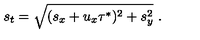
s _ { t } = \sqrt { ( s _ { x } + u _ { x } \tau ^ { * } ) ^ { 2 } + s _ { y } ^ { 2 } } \ .